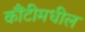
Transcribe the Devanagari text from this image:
कौंटीमधील